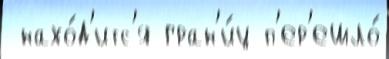
 нахо́д'итс'я гран'и́ц п'ер'ешло́